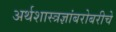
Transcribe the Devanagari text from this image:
अर्थशास्त्रज्ञांबरोबरीचे